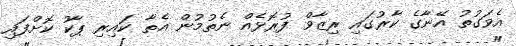
އެވަގުތު އޭނާގެ ކާރުގައި ރިޒާވް ފުރޮޅެއް ނެތުމުން އެތާ ކައިރި ޕާކު ކޮށްފައި